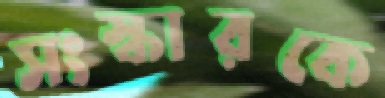
সংস্কারকে